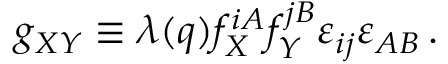
g _ { X Y } \equiv \lambda ( q ) f _ { X } ^ { i A } f _ { Y } ^ { j B } \varepsilon _ { i j } \varepsilon _ { A B } \, .